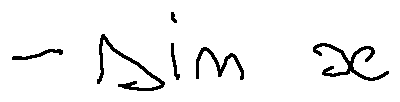
- \sin x